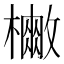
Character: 𭬡